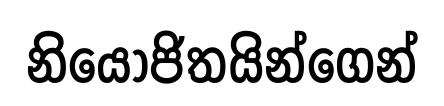
නියෝජිතයින්ගෙන්